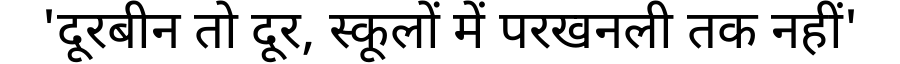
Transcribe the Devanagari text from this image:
'दूरबीन तो दूर, स्कूलों में परखनली तक नहीं'